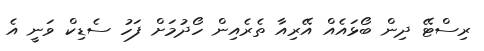
ރިސްޓޭ ދިން ބޯޅައެއް އޭރިއާ ތެރެއިން ހޯދުމަށް ފަހު ސެޑިކް ވަނީ އެ